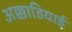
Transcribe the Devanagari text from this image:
अक्काडियाई